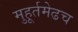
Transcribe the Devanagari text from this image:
मुहूर्तमेढच